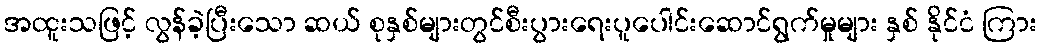
အထူးသဖြင့် လွန်ခဲ့ပြီးသော ဆယ် စုနှစ်များတွင်စီးပွားရေးပူပေါင်းဆောင်ရွက်မှုများ နှစ် နိုင်ငံ ကြား